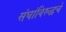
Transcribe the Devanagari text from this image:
संघांविरुद्धचे